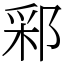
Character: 䣋